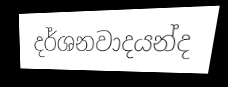
දර්ශනවාදයන්ද